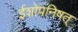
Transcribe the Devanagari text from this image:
ईशोपनिषत्